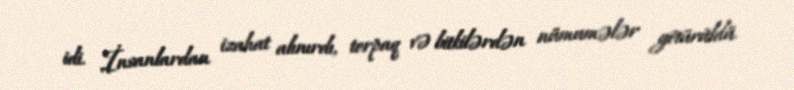
idi. İnsanlardan izahat alınırdı, torpaq və bitkilərdən nümumələr götürüldü.